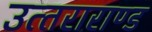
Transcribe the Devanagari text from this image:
उत्‍तराराण्‍ड